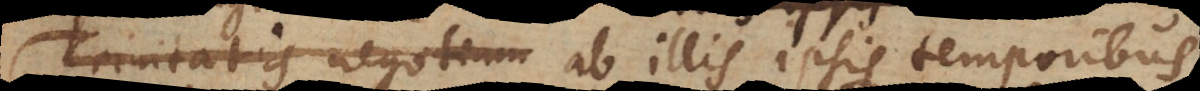
Trinitatis negotium ab illis ipsis temporibus